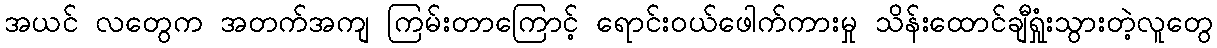
အယင် လတွေက အတက်အကျ ကြမ်းတာကြောင့် ရောင်းဝယ်ဖေါက်ကားမှု သိန်းထောင်ချီရှုံးသွားတဲ့လူတွေ